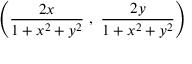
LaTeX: \left( { \frac { 2 x } { 1 + x ^ { 2 } + y ^ { 2 } } } \ , \ { \frac { 2 y } { 1 + x ^ { 2 } + y ^ { 2 } } } \right)